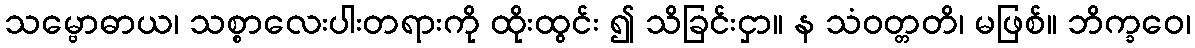
သမ္ဗောဓာယ၊ သစ္စာလေးပါးတရားကို ထိုးထွင်း ၍ သိခြင်းငှာ။ န သံဝတ္တတိ၊ မဖြစ်။ ဘိက္ခဝေ၊